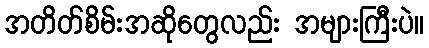
အတိတ်စိမ်းအဆိုတွေလည်း အများကြီးပဲ။